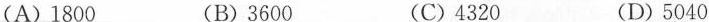
(A)1800 (B)3600 (C)4320 (D)5040